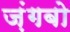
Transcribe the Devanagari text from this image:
ज़ंगबो